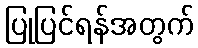
ပြုပြင်ရန်အတွက်